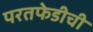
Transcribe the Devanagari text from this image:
परतफेडीची